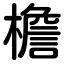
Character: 檐